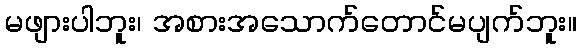
မဖျားပါဘူး၊ အစားအသောက်တောင်မပျက်ဘူး။